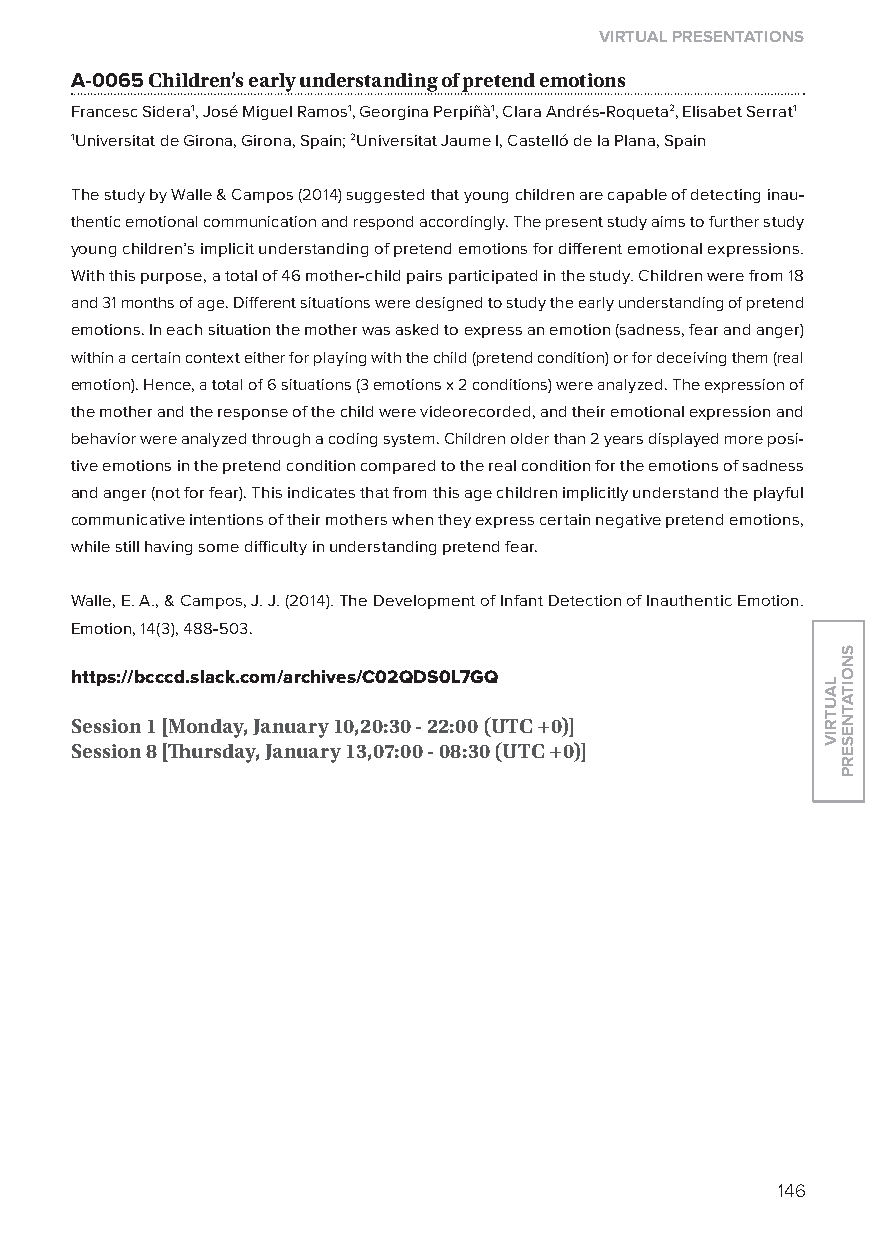
virtual presentations
 A-0065 Children’s early understanding of pretend emotions
 Francesc Sidera1, José Miguel Ramos1, Georgina Perpiñà1, Clara Andrés-Roqueta2, Elisabet Serrat1
 1Universitat de Girona, Girona, Spain; 2Universitat Jaume I, Castelló de la Plana, Spain
 The study by Walle & Campos (2014) suggested that young children are capable of detecting inau-
 thentic emotional communication and respond accordingly. The present study aims to further study
 young children’s implicit understanding of pretend emotions for different emotional expressions.
 With this purpose, a total of 46 mother-child pairs participated in the study. Children were from 18
 and 31 months of age. Different situations were designed to study the early understanding of pretend
 emotions. In each situation the mother was asked to express an emotion (sadness, fear and anger)
 within a certain context either for playing with the child (pretend condition) or for deceiving them (real
 emotion). Hence, a total of 6 situations (3 emotions x 2 conditions) were analyzed. The expression of
 the mother and the response of the child were videorecorded, and their emotional expression and
 behavior were analyzed through a coding system. Children older than 2 years displayed more posi-
 tive emotions in the pretend condition compared to the real condition for the emotions of sadness
 and anger (not for fear). This indicates that from this age children implicitly understand the playful
 communicative intentions of their mothers when they express certain negative pretend emotions,
 while still having some difficulty in understanding pretend fear.
 Walle, E. A., & Campos, J. J. (2014). The Development of Infant Detection of Inauthentic Emotion.
 Emotion, 14(3), 488-503.
 https://bcccd.slack.com/archives/C02Qds0l7GQ
 session 1 [monday, January 10,20:30 - 22:00 (utC +0)]
 session 8 [Thursday, January 13,07:00 - 08:30 (utC +0)]
 146
 lautriv
 snoitatneserp